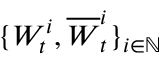
\{ W _ { t } ^ { i } , \overline { W } _ { t } ^ { i } \} _ { i \in \mathbb { N } }